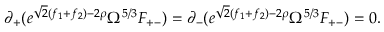
\partial _ { + } ( e ^ { \sqrt { 2 } ( f _ { 1 } + f _ { 2 } ) - 2 \rho } \Omega ^ { 5 / 3 } F _ { + - } ) = \partial _ { - } ( e ^ { \sqrt { 2 } ( f _ { 1 } + f _ { 2 } ) - 2 \rho } \Omega ^ { 5 / 3 } F _ { + - } ) = 0 .